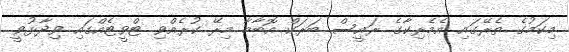
މިކަމުގެ ތެރޭގައި އެމެރިކާގެ ރައީސް ބަރަކް އޮބާމާ މިރޭ ކުރެއްވި ޓްވީޓެއްގައި ވިދާޅުވީ